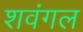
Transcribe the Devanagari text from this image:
शवंगल